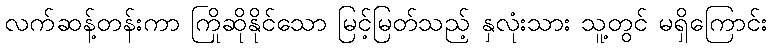
လက်ဆန့်တန်းကာ ကြိုဆိုနိုင်သော မြင့်မြတ်သည့် နှလုံးသား သူ့တွင် မရှိကြောင်း